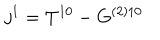
j ^ { 1 } = T ^ { 1 0 } - G ^ { ( 2 ) 1 0 }